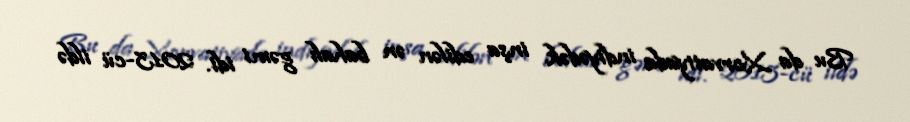
Bu da Xorvatiyada indiyədək inşa edilən ən bahalı gəmi idi. 2013-cü ildə